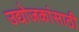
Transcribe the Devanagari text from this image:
उद्योजकांसाठी